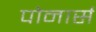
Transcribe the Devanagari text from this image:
पोनार्स